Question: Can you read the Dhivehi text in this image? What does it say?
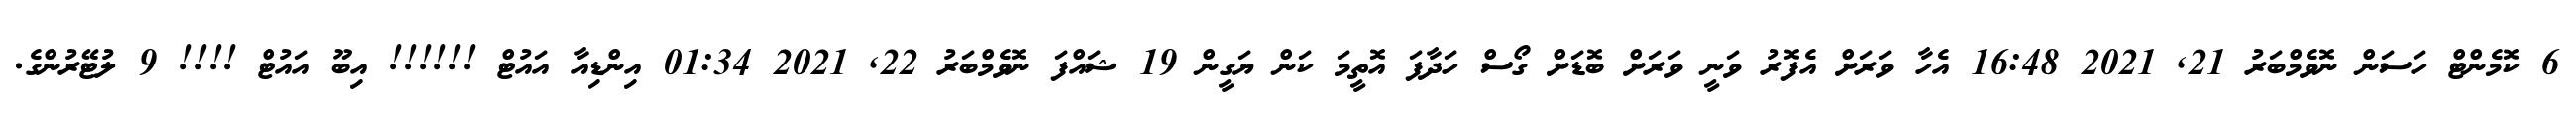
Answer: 6 ކޮމެންޓް ހަސަން ނޮވެމްބަރު 21, 2021 16:48 އެހާ ވަރަށް އެފޮރު ވަނީ ވަރަށް ބޮޑަށް ގޯސް ހަދާފަ އޮތީމަ ކަން ޔަގީން 19 ޝައްފަ ނޮވެމްބަރު 22, 2021 01:34 އިންޑިއާ އައުޓް !!!!!! އިބޫ އައުޓް !!!! 9 ލުޓޭރުންގެ.